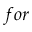
f o r